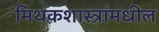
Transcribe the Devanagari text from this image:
मिथकशास्त्रांमधील